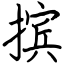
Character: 摈